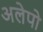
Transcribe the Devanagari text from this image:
अलेपो